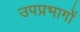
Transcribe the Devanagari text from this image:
उपप्रभागों